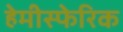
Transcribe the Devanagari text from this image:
हेमीस्फेरिक